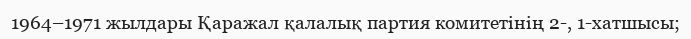
1964–1971 жылдары Қаражал қалалық партия комитетінің 2-, 1-хатшысы;